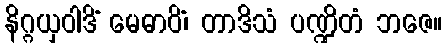
နိဂ္ဂယှဝါဒိံ မေဓာဝိံ၊ တာဒိသံ ပဏ္ဍိတံ ဘဇေ။